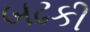
બઢકી